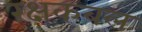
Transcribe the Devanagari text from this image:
रक्षकबल